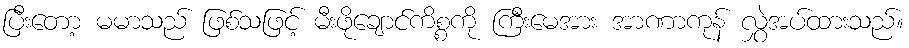
ပြီးတော့ မမာသည် ဖြစ်သဖြင့် မီးဖိုချောင်ကိစ္စကို ကြီးမေအား အာဏာကုန် လွှဲအပ်ထားသည်။